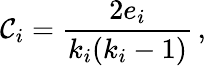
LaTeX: \mathcal{C}_{i}={\frac{{2e_{i}}}{{k_{i}{(k_{i}-1)}}}}\, ,